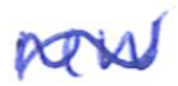
Text: new
Cross-out: wave
Writing tool: ballpoint